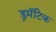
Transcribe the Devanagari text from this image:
ड्रमॅटिक